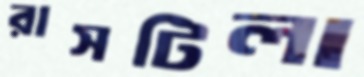
রাসটিলা